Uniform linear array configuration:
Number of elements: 32
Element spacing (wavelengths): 0.75
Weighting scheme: kaiser
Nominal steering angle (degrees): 60
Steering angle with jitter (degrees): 61.305
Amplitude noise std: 0.05
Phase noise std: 0.05

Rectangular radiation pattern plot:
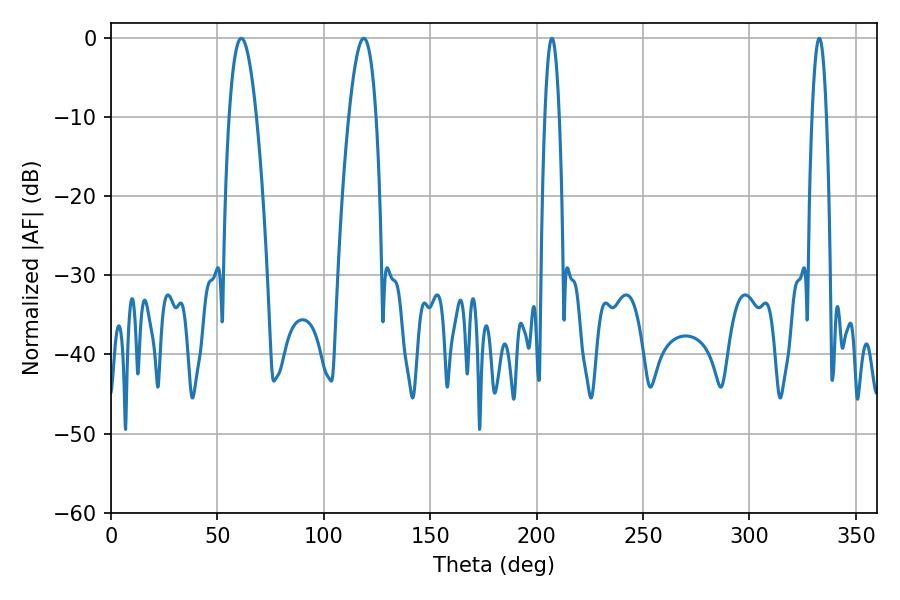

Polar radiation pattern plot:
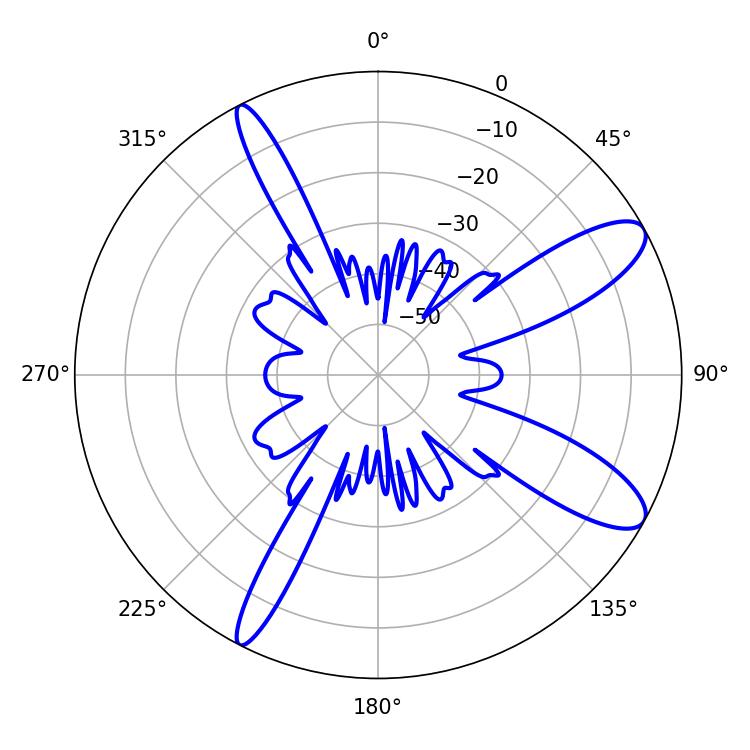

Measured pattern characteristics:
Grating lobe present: TRUE
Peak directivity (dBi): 10.749
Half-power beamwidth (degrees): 3.6
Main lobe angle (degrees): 207.18